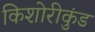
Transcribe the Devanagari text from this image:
किशोरीकुंड